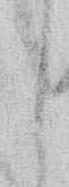
し